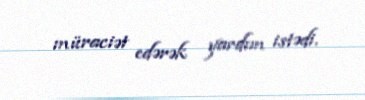
müraciət edərək yardım istədi.